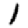
Digit: 1